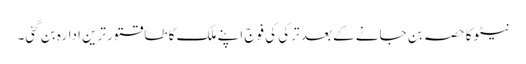
نیٹو کا حصہ بن جانے کے بعد ترکی کی فوج اپنے ملک کا طاقتور ترین ادارہ بن گئی۔